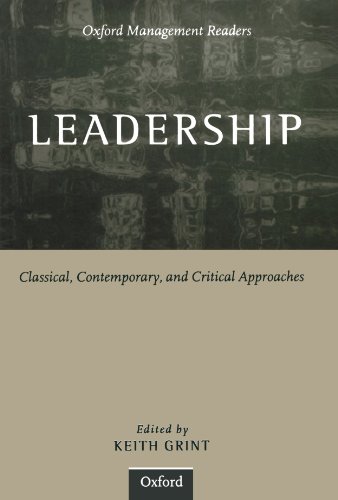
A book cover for Leadership: Classical, Contemporary, and Critical Approaches (Oxford Management Readers); Medical Books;